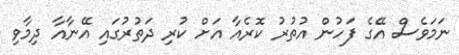
ނަމަވެސް އޭގެ ފަހުން އުތުރު ކޮރެއާ އަށް ކުރި ދަތުރުގައި އޭނާއާ ދިމާވި